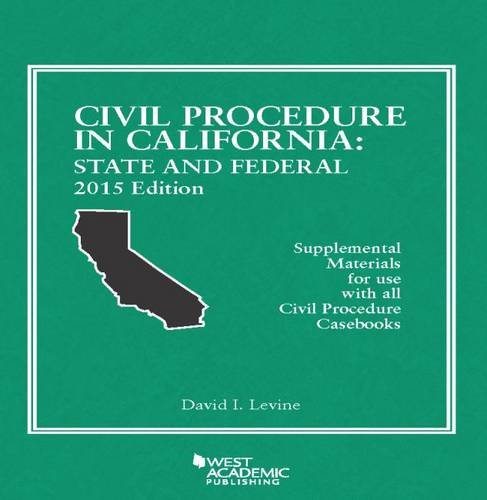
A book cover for Civil Procedure in California: State and Federal (American Casebook Series); David Levine; Law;